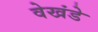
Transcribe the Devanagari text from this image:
वेखंडे